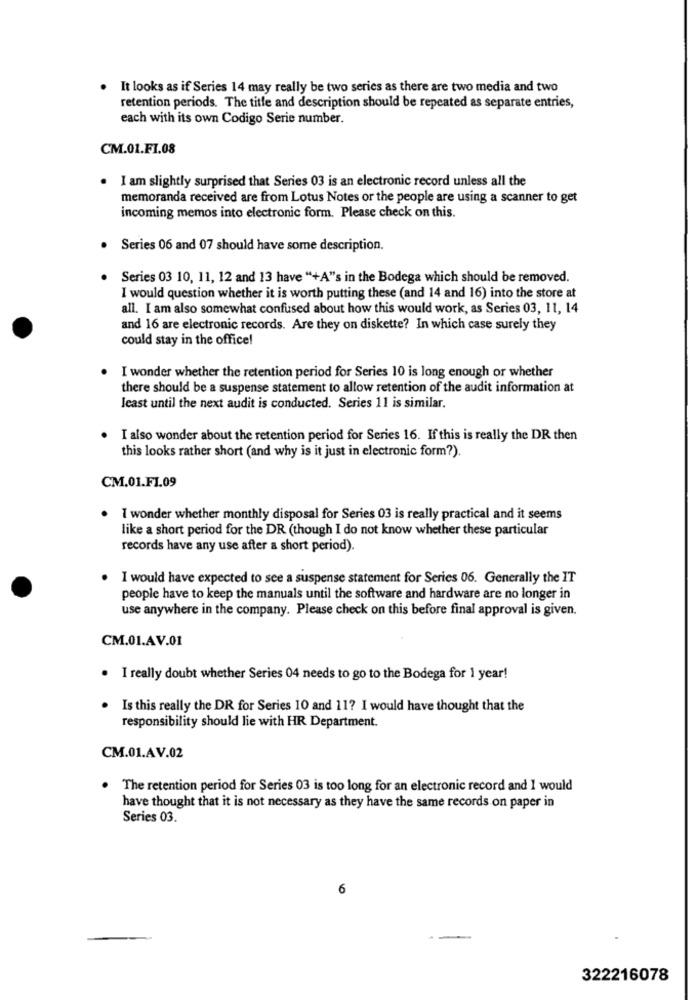
It looks as if Series 14 may really be two series as there are two media and two
retention periods. The title and description should be repeated as separate entries,
each with its own Codigo Serie number.
CM.01.FI.08
I am slightly surprised that Series 03 is an electronic record unless all the
memoranda received are from Lotus Notes or the people are using a scanner to get
incoming memos into electronic form. Please check on this.
Series 06 and 07 should have some description.
Series 03 10, 11, 12 and 13 have "+A"'s in the Bodega which should be removed.
I would question whether it is worth putting these (and 14 and 16) into the store at
all. I am also somewhat confused about how this would work, as Series 03, 11, 14
and 16 are electronic records. Are they on diskette? In which case surely they
could stay in the office!
I wonder whether the retention period for Series 10 is long enough or whether
there should be a suspense statement to allow retention of the audit information at
least until the next audit is conducted. Series 11 is similar.
I also wonder about the retention period for Series 16. If this is really the DR then
this looks rather short (and why is it just in electronic form?).
CM.01.F1.09
I wonder whether monthly disposal for Series 03 is really practical and it seems
like a short period for the DR (though I do not know whether these particular
records have any use after a short period).
I would have expected to see a suspense statement for Series 06. Generally the IT
people have to keep the manuals until the software and hardware are no longer in
use anywhere in the company. Please check on this before final approval is given.
CM.01.AV.01
I really doubt whether Series 04 needs to go to the Bodega for 1 year!
Is this really the DR for Series 10 and 11? I would have thought that the
responsibility should lie with HR Department.
CM.01.AV.02
The retention period for Series 03 is too long for an electronic record and I would
have thought that it is not necessary as they have the same records on paper in
Series 03.
6
322216078